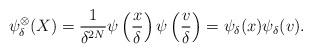
LaTeX: \begin{align*}\psi_\delta^\otimes(X)=\frac{1}{\delta^{2N}}\psi\left(\frac{x}{\delta}\right)\psi\left(\frac{v}{\delta}\right)=\psi_{\delta}(x)\psi_{\delta}(v).\end{align*}